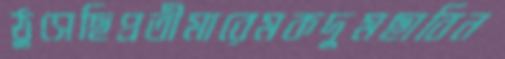
ঠুসেছিপ্রতীমারেমকদুমছাবিন